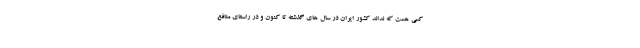
كسي هست كه نداند كشور ايران در سال های گذشته تا کنون و در راستاي منافع